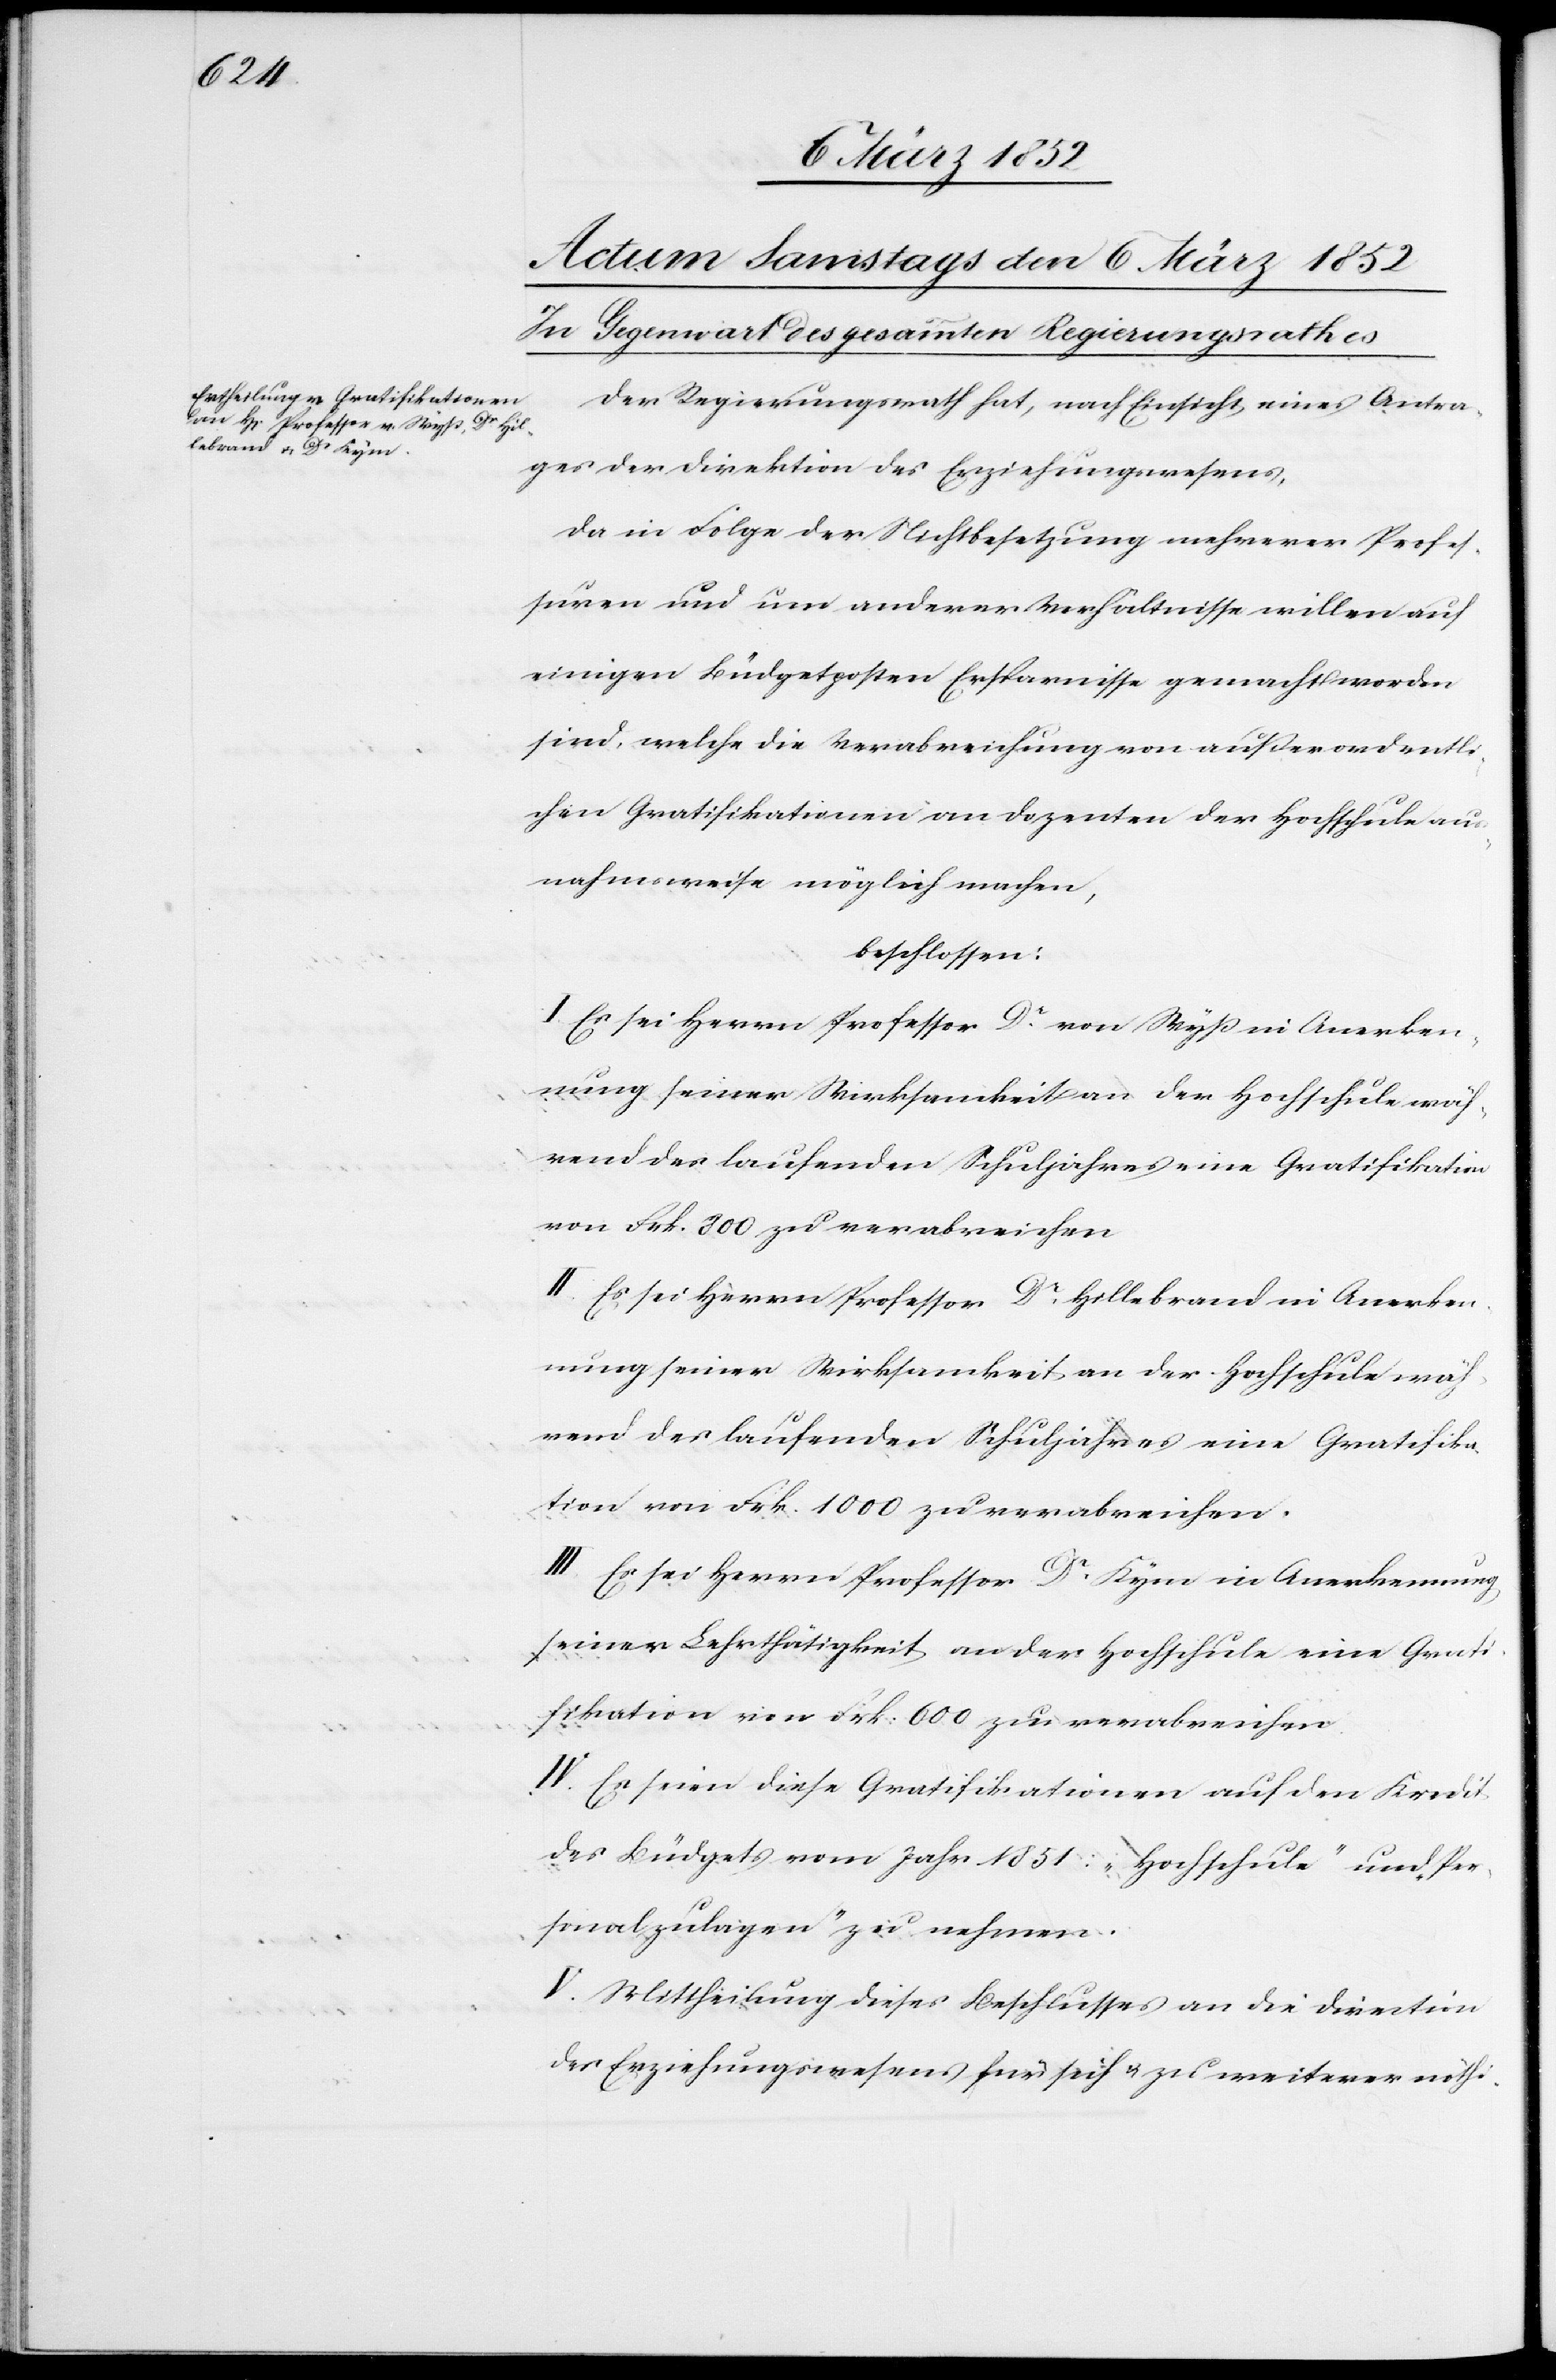
Der Regierungsrath hat, nach Einsicht eines Antra¬
ges der Direktion des Erziehungswesens,
da in Folge der Nichtbesetzung mehrerer Profes¬
suren und um anderer Verhältnisse willen auf
einigen Büdgetposten Ersparnisse gemacht worden
sind, welche die Verabreichung von außerordentli¬
chen Gratifikationen an Dozenten der Hochschule aus¬
nahmsweise möglich machen,
beschlossen:
I. Es sei Herrn Professor Dr von Wyß in Anerken¬
nung seiner Wirksamkeiten der Hochschule wäh¬
rend des laufenden Schuljahres eine Gratifikation
von Frk. 300 zu verabreichen.
II. Es sei Herrn Professor Dr Hillebrand in Anerken¬
nung seiner Wirksamkeit an der Hochschule wäh¬
rend des laufenden Schuljahres eine Gratifika¬
tion von Frk. 1000 zu verabreichen.
III. Es sei Herrn Professor Dr Kyon in Anerkennung
seiner Lehrthätigkeit an der Hochschule eine Grati¬
fikation von Frk. 600 zu verabreichen.
IV. Es seien diese Gratifikationen auf den Kredit
des Büdgets vom Jahr 1851: „Hochschule“ und „Per¬
sonalzulagen“ zu nehmen.
V. Mittheilung dieses Beschlusses an die Direction
des Erziehungswesens für sich u. zu weiterer nöthi-